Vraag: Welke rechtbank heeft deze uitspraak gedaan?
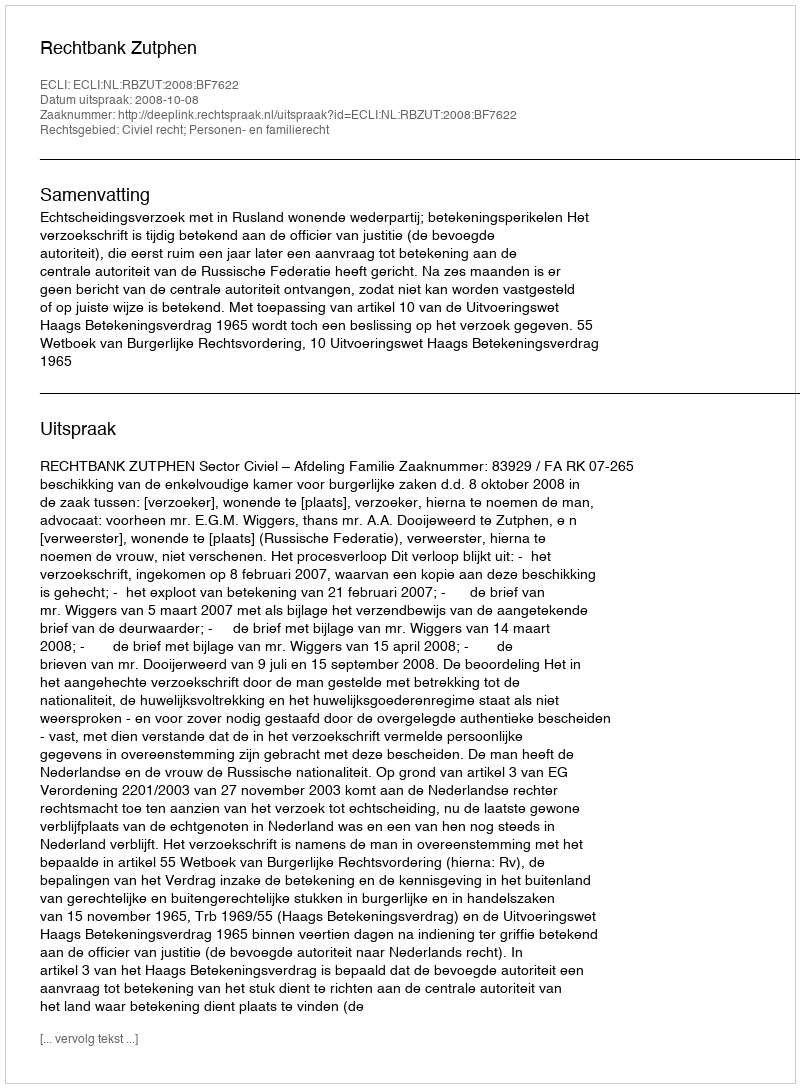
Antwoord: Rechtbank Zutphen